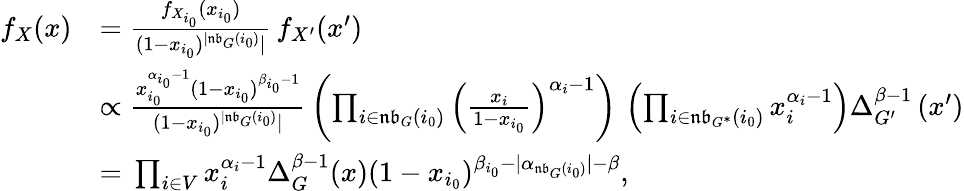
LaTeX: \begin{array}{rl}{f_{X}(x)}&{=\frac{f_{X_{i_{0}}}(x_{i_{0}})}{(1-x_{i_{0}})^{|\mathfrak{nb}_{G}(i_{0})}|}\, f_{X^{\prime}}(x^{\prime})}\\ &{\propto\frac{x_{i_{0}}^{\alpha_{i_{0}}-1}(1-x_{i_{0}})^{\beta_{i_{0}}-1}}{(1-x_{i_{0}})^{|\mathfrak{nb}_{G}(i_{0})}|}\, \left(\prod_{i\in\mathfrak{nb}_{G}(i_{0})}\left(\frac{x_{i}}{1-x_{i_{0}}}\right)^{\alpha_{i}-1}\right)\, \left(\prod_{i\in\mathfrak{nb}_{G^{*}}(i_{0})}x_{i}^{\alpha_{i}-1}\right)\Delta_{G^{\prime}}^{\beta-1}\left(x^{\prime}\right)}\\ &{=\, \prod_{i\in V}x_{i}^{\alpha_{i}-1}\Delta_{G}^{\beta-1}(x)(1-x_{i_{0}})^{\beta_{i_{0}}-|\alpha_{\mathfrak{nb}_{G}(i_{0})}|-\beta},}\end{array}